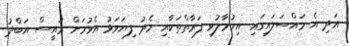
އަދި އެ މައްސަލައިގައި އިހުމާލުވި ފަރާތްތަކާއި މެދު ފިޔަވަޅު އެޅުމަށް ރައީސް އަބްދު